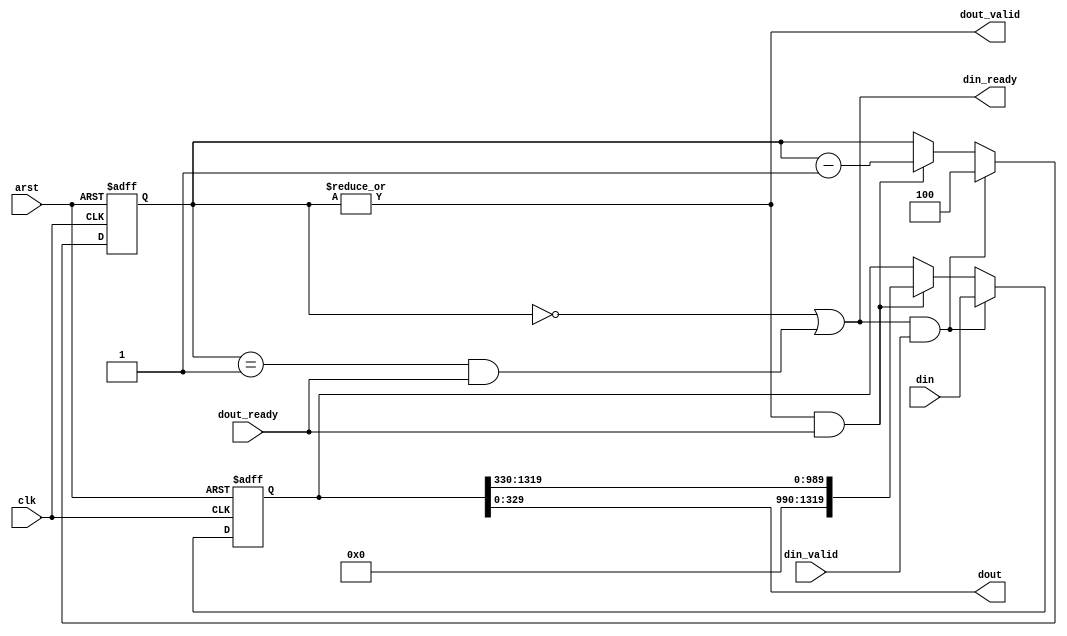
module twenty_to_five #(
	parameter WORD_LEN = 66
)
(
	input clk,arst,
	
	input [20*WORD_LEN-1:0] din,
	input din_valid,
	output din_ready,
	
	output [5*WORD_LEN-1:0] dout,
	input dout_ready,
	output dout_valid
);

reg [2:0] holding;  // holding 0..4 blocks of 5 words
reg [20*WORD_LEN-1:0] storage;

assign din_ready = 
	(holding == 3'b0) || 
	((holding == 3'b1) && dout_ready);
assign dout_valid = 
	(|holding);
assign dout = storage[5*WORD_LEN-1:0];

always @(posedge clk or posedge arst) begin
	if (arst) begin
		storage <= 0;
		holding <= 0;
	end
	else begin
		if (din_ready & din_valid) begin
			// if we are reloading it goes to 4 blocks available
			storage <= din;
			holding <= 3'b100;
		end
		else begin
			// not reloading
			// if the output side is ready lose one block
			if (dout_valid & dout_ready) begin
				holding <= holding - 1'b1;
				storage <= {{(5*WORD_LEN){1'b0}},
						storage[20*WORD_LEN-1:5*WORD_LEN]}; 
			end
		end
	end
end

endmodule